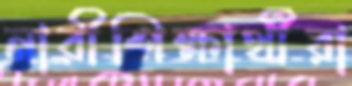
নারীশিক্ষার্থীরা